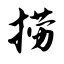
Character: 捞